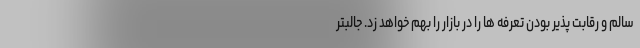
سالم و رقابت پذیر بودن تعرفه ها را در بازار را بهم خواهد زد. جالبتر